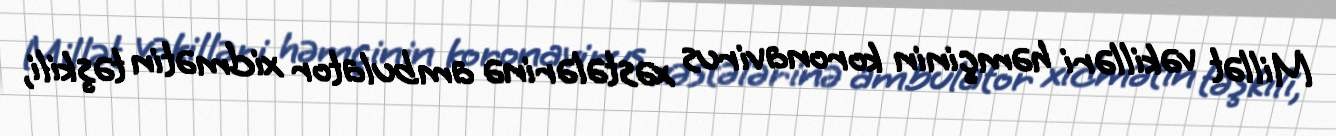
Millət vəkilləri həmçinin koronavirus xəstələrinə ambulator xidmətin təşkili,